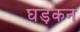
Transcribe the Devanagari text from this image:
घड़कन